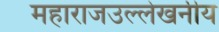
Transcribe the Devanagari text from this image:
महाराजउल्लेखनीय